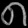
Digit: ၈